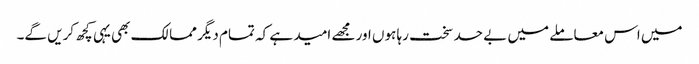
میں اس معاملے میں بے حد سخت رہا ہوں اور مجھے امید ہے کہ تمام دیگر ممالک بھی یہی کچھ کریں گے۔